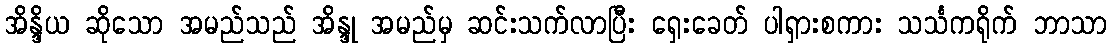
အိန္ဒိယ ဆိုသော အမည်သည် အိန္ဒု အမည်မှ ဆင်းသက်လာပြီး ရှေးခေတ် ပါရှားစကား သင်္သကရိုက် ဘာသာ